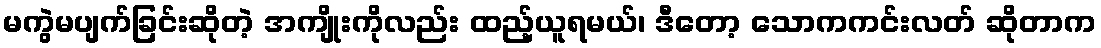
မကွဲမပျက်ခြင်းဆိုတဲ့ အကျိုးကိုလည်း ထည့်ယူရမယ်၊ ဒီတော့ သောကကင်းလတ် ဆိုတာက